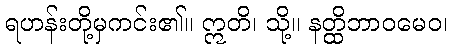
ရဟန်းတို့မှကင်း၏။ ဣတိ၊ သို့။ နတ္ထိဘာဝမေဝ၊